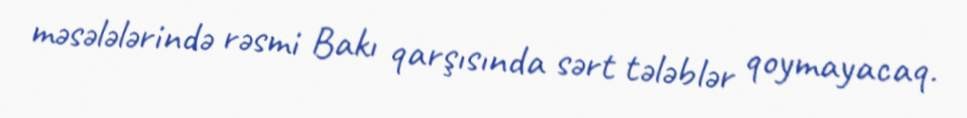
məsələlərində rəsmi Bakı qarşısında sərt tələblər qoymayacaq.